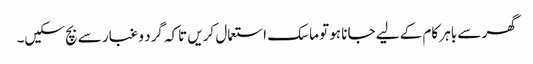
گھر سے باہر کام کے لیے جانا ہو تو ماسک استعمال کریں تاکہ گرد و غبار سے بچ سکیں۔